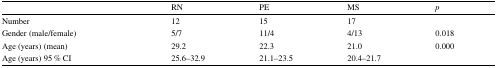
<table><thead><tr><td></td><td><b>RN</b></td><td><b>PE</b></td><td><b>MS</b></td><td><b><i>p</i></b></td></tr></thead><tbody><tr><td>Number</td><td>12</td><td>15</td><td>17</td><td></td></tr><tr><td>Gender (male/female)</td><td>5/7</td><td>11/4</td><td>4/13</td><td>0.018</td></tr><tr><td>Age (years) (mean)</td><td>29.2</td><td>22.3</td><td>21.0</td><td>0.000</td></tr><tr><td>Age (years) 95 % CI</td><td>25.6–32.9</td><td>21.1–23.5</td><td>20.4–21.7</td><td></td></tr></tbody></table>